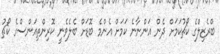
ބްރެޒިލްގެ ކޯޗުކަމަށް ދެން އަންނާނެ ކަމަށް އެންމެ ބޮޑަށް ބެލެވެނީ ކޮރިންތިއަންސްގެ ކޯޗު